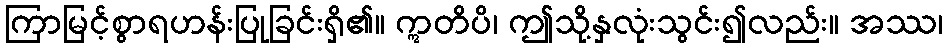
ကြာမြင့်စွာရဟန်းပြုခြင်းရှိ၏။ ဣတိပိ၊ ဤသို့နှလုံးသွင်း၍လည်း။ အဿ၊